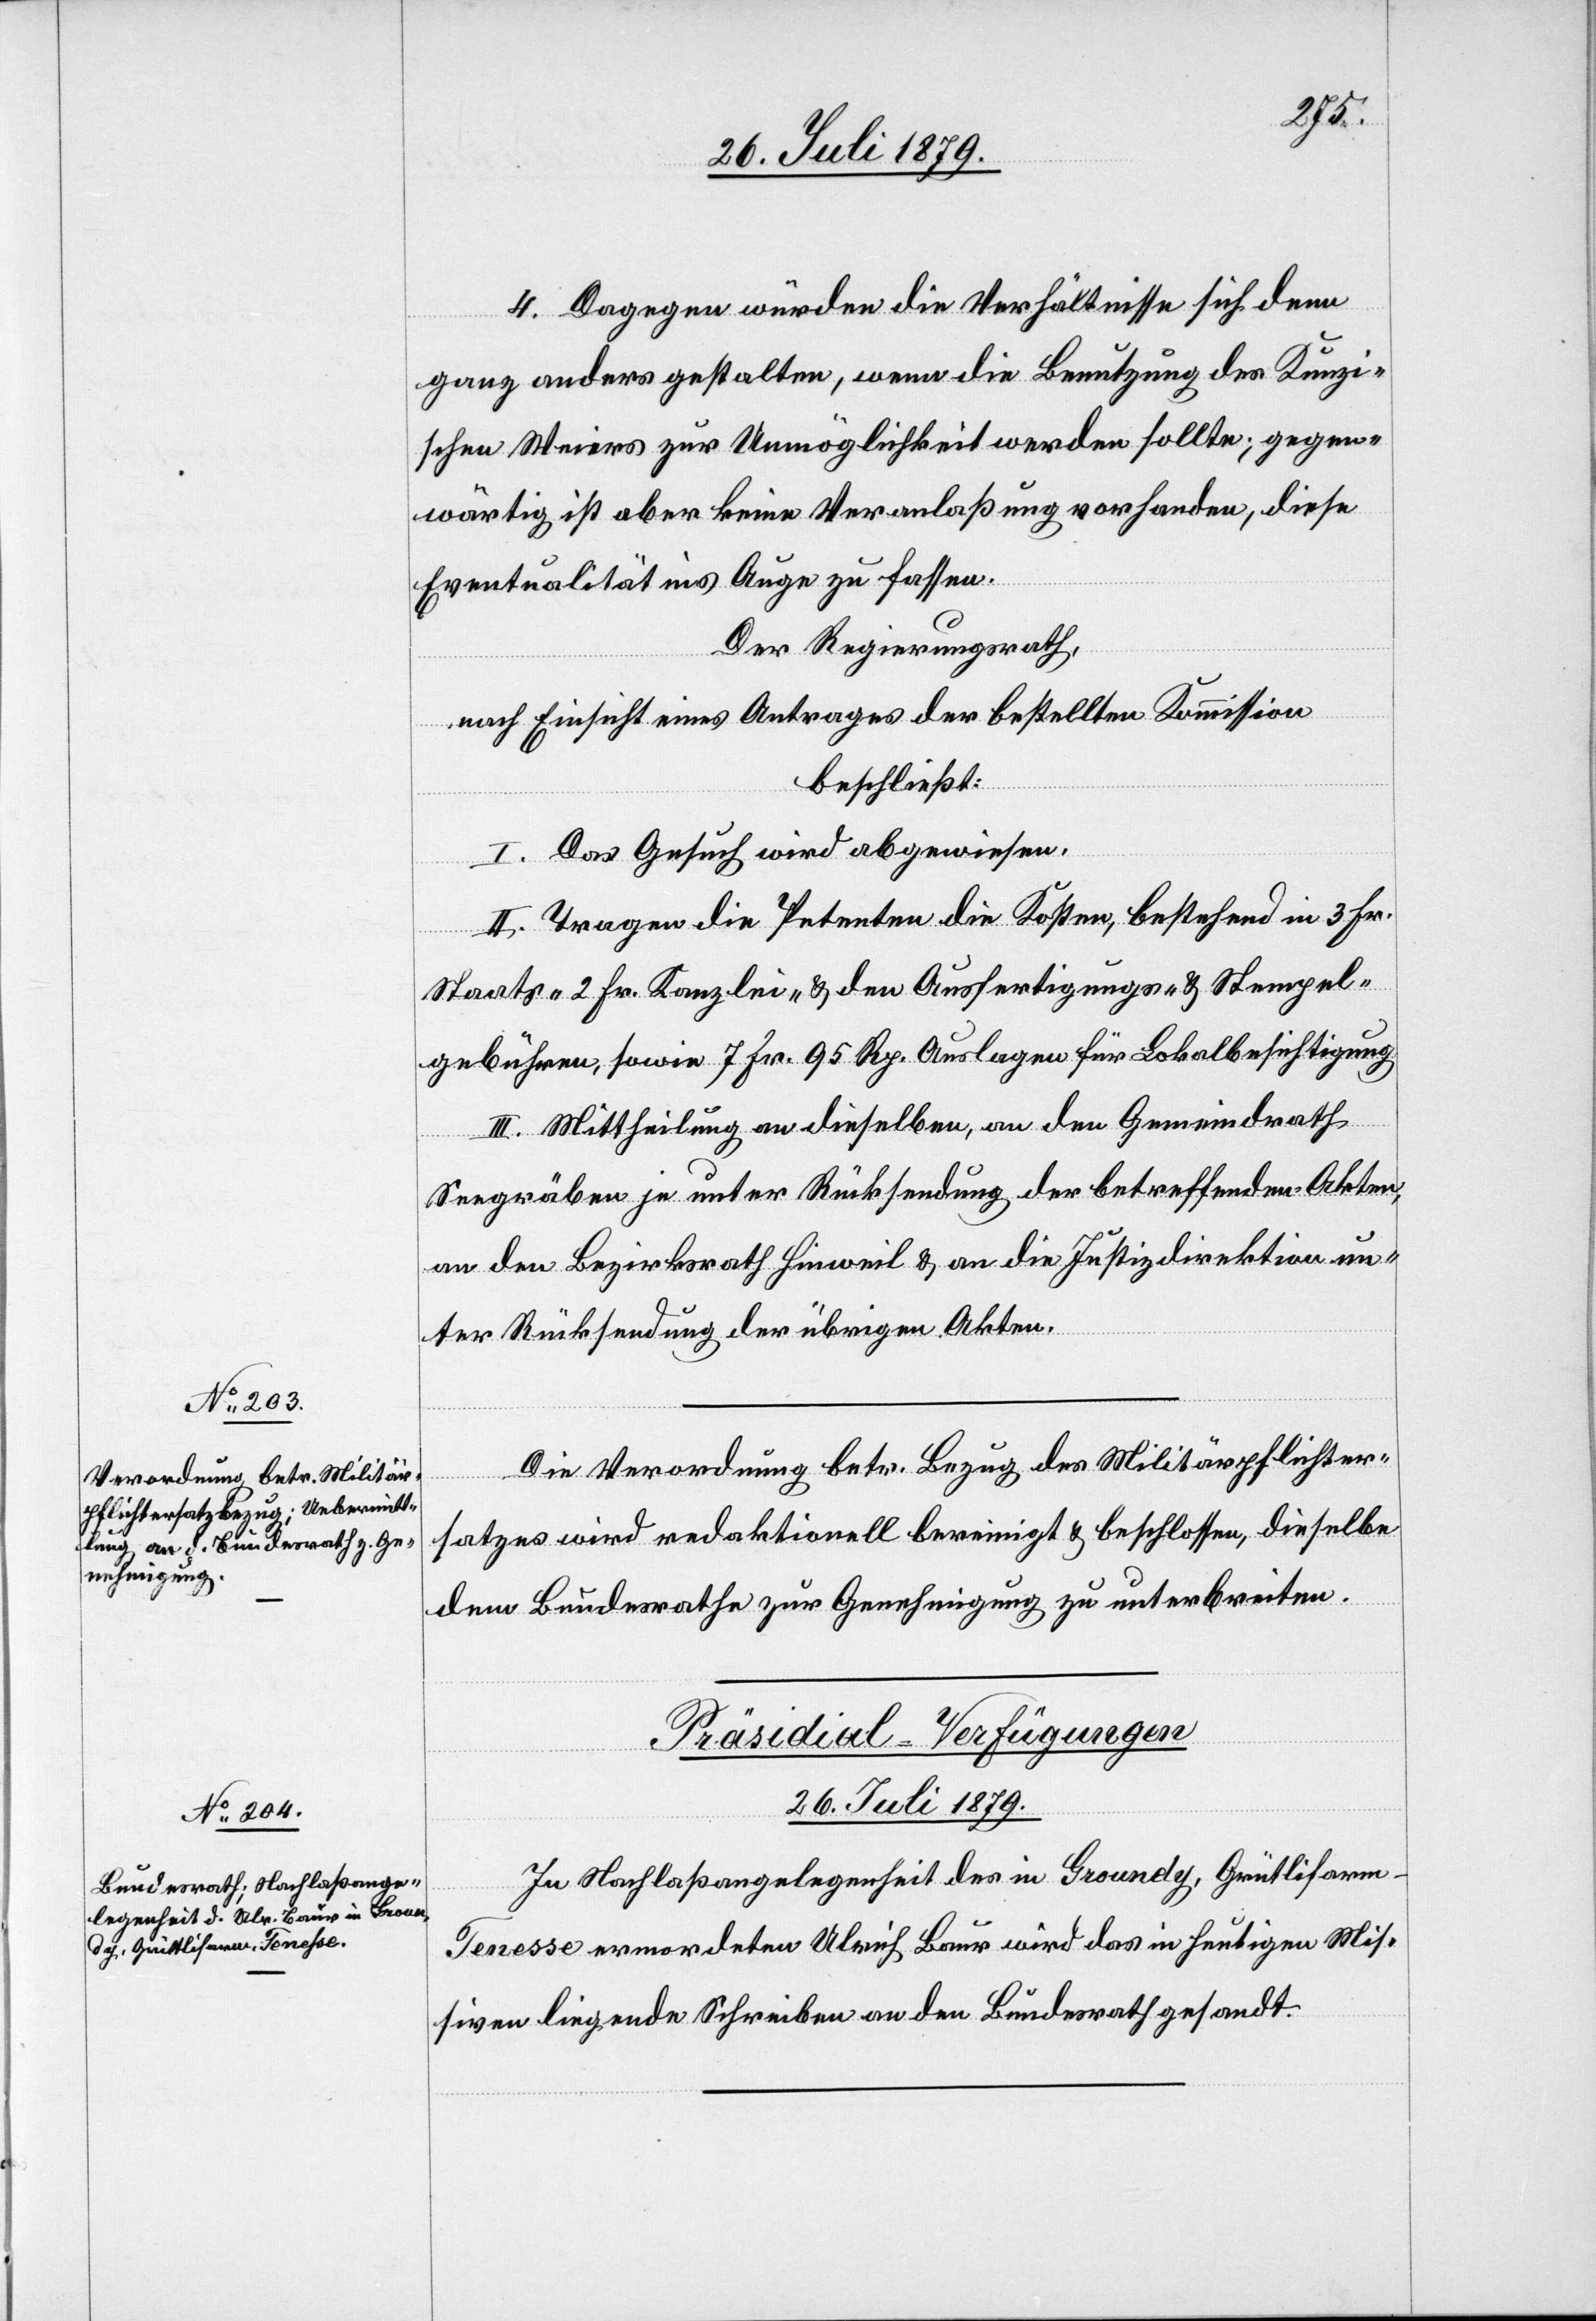
26. Juli 1879.
4. Dagegen würden die Verhältnisse sich dem
ganz anders gestalten, wenn die Benutzung des Kunzi¬
schen Weiers zur Unmöglichkeit werden sollte; gegen¬
wärtig ist aber keine Veranlaßung vorhanden, diese
Eventualität ins Auge zu fassen.
Der Regierungsrath,
nach Einsicht eines Antrages der bestellten Kommission
beschließt:
I. Das Gesuch wird abgewiesen.
II. Tragen die Petenten die Kosten, bestehend in 3 Fr.
Staats-[,] 2 Fr. Kanzlei- & den Ausfertigungs- & Stempel¬
gebühren, sowie 7 Fr. 95 Rp. Auslagen für Lokalbesichtigung.
III. Mittheilung an dieselben, an den Gemeindrath
Seegräben je unter Rücksendung der betreffenden Akten,
an den Bezirksrath Hinweil & an die Justizdirektion un¬
ter Rücksendung der übrigen Akten.
Die Verordnung betr. Bezug des Militärpflichter¬
satzes wird redaktionell bereinigt & beschlossen, dieselbe
dem Bundesrathe zur Genehmigung zu unterbreiten.
Präsidial-Verfügungen
In Nachlaßangelegenheit des in Groundy, Grütlifarm
Tenesse ermordeten Ulrich Baur wird das in heutigen Mis¬
siven liegende Schreiben an den Bundesrath gesandt.